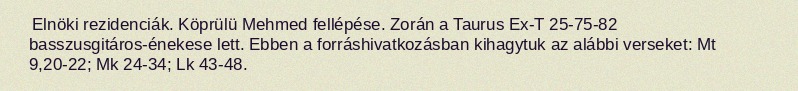
Elnöki rezidenciák. Köprülü Mehmed fellépése. Zorán a Taurus Ex-T 25-75-82 basszusgitáros-énekese lett. Ebben a forráshivatkozásban kihagytuk az alábbi verseket: Mt 9,20-22; Mk 24-34; Lk 43-48.